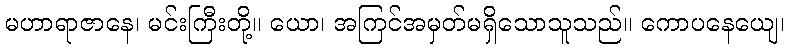
မဟာရာဇာနေ၊ မင်းကြီးတို့။ ယော၊ အကြင်အမှတ်မရှိသောသူသည်။ ကောပနေယျေ၊